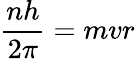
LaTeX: {\frac{nh}{2\pi}}=mvr